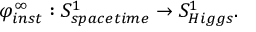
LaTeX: \varphi _ { i n s t } ^ { \infty } : S _ { s p a c e t i m e } ^ { 1 } \rightarrow S _ { H i g g s } ^ { 1 } .